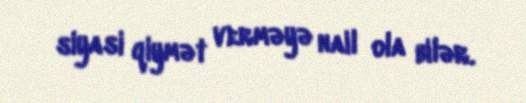
siyasi qiymət verməyə nail ola bilər.